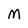
Character: M